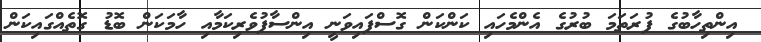
އިންތިހާބުގެ ފުރަތަމަ ބުރުގެ އެންމެހައި ކަންކަން ގޮސްފައިވަނީ އިންސާފުވެރިކަމާއި ހާމަކަން ބޮޑު ގޮތެއްގައިކަން